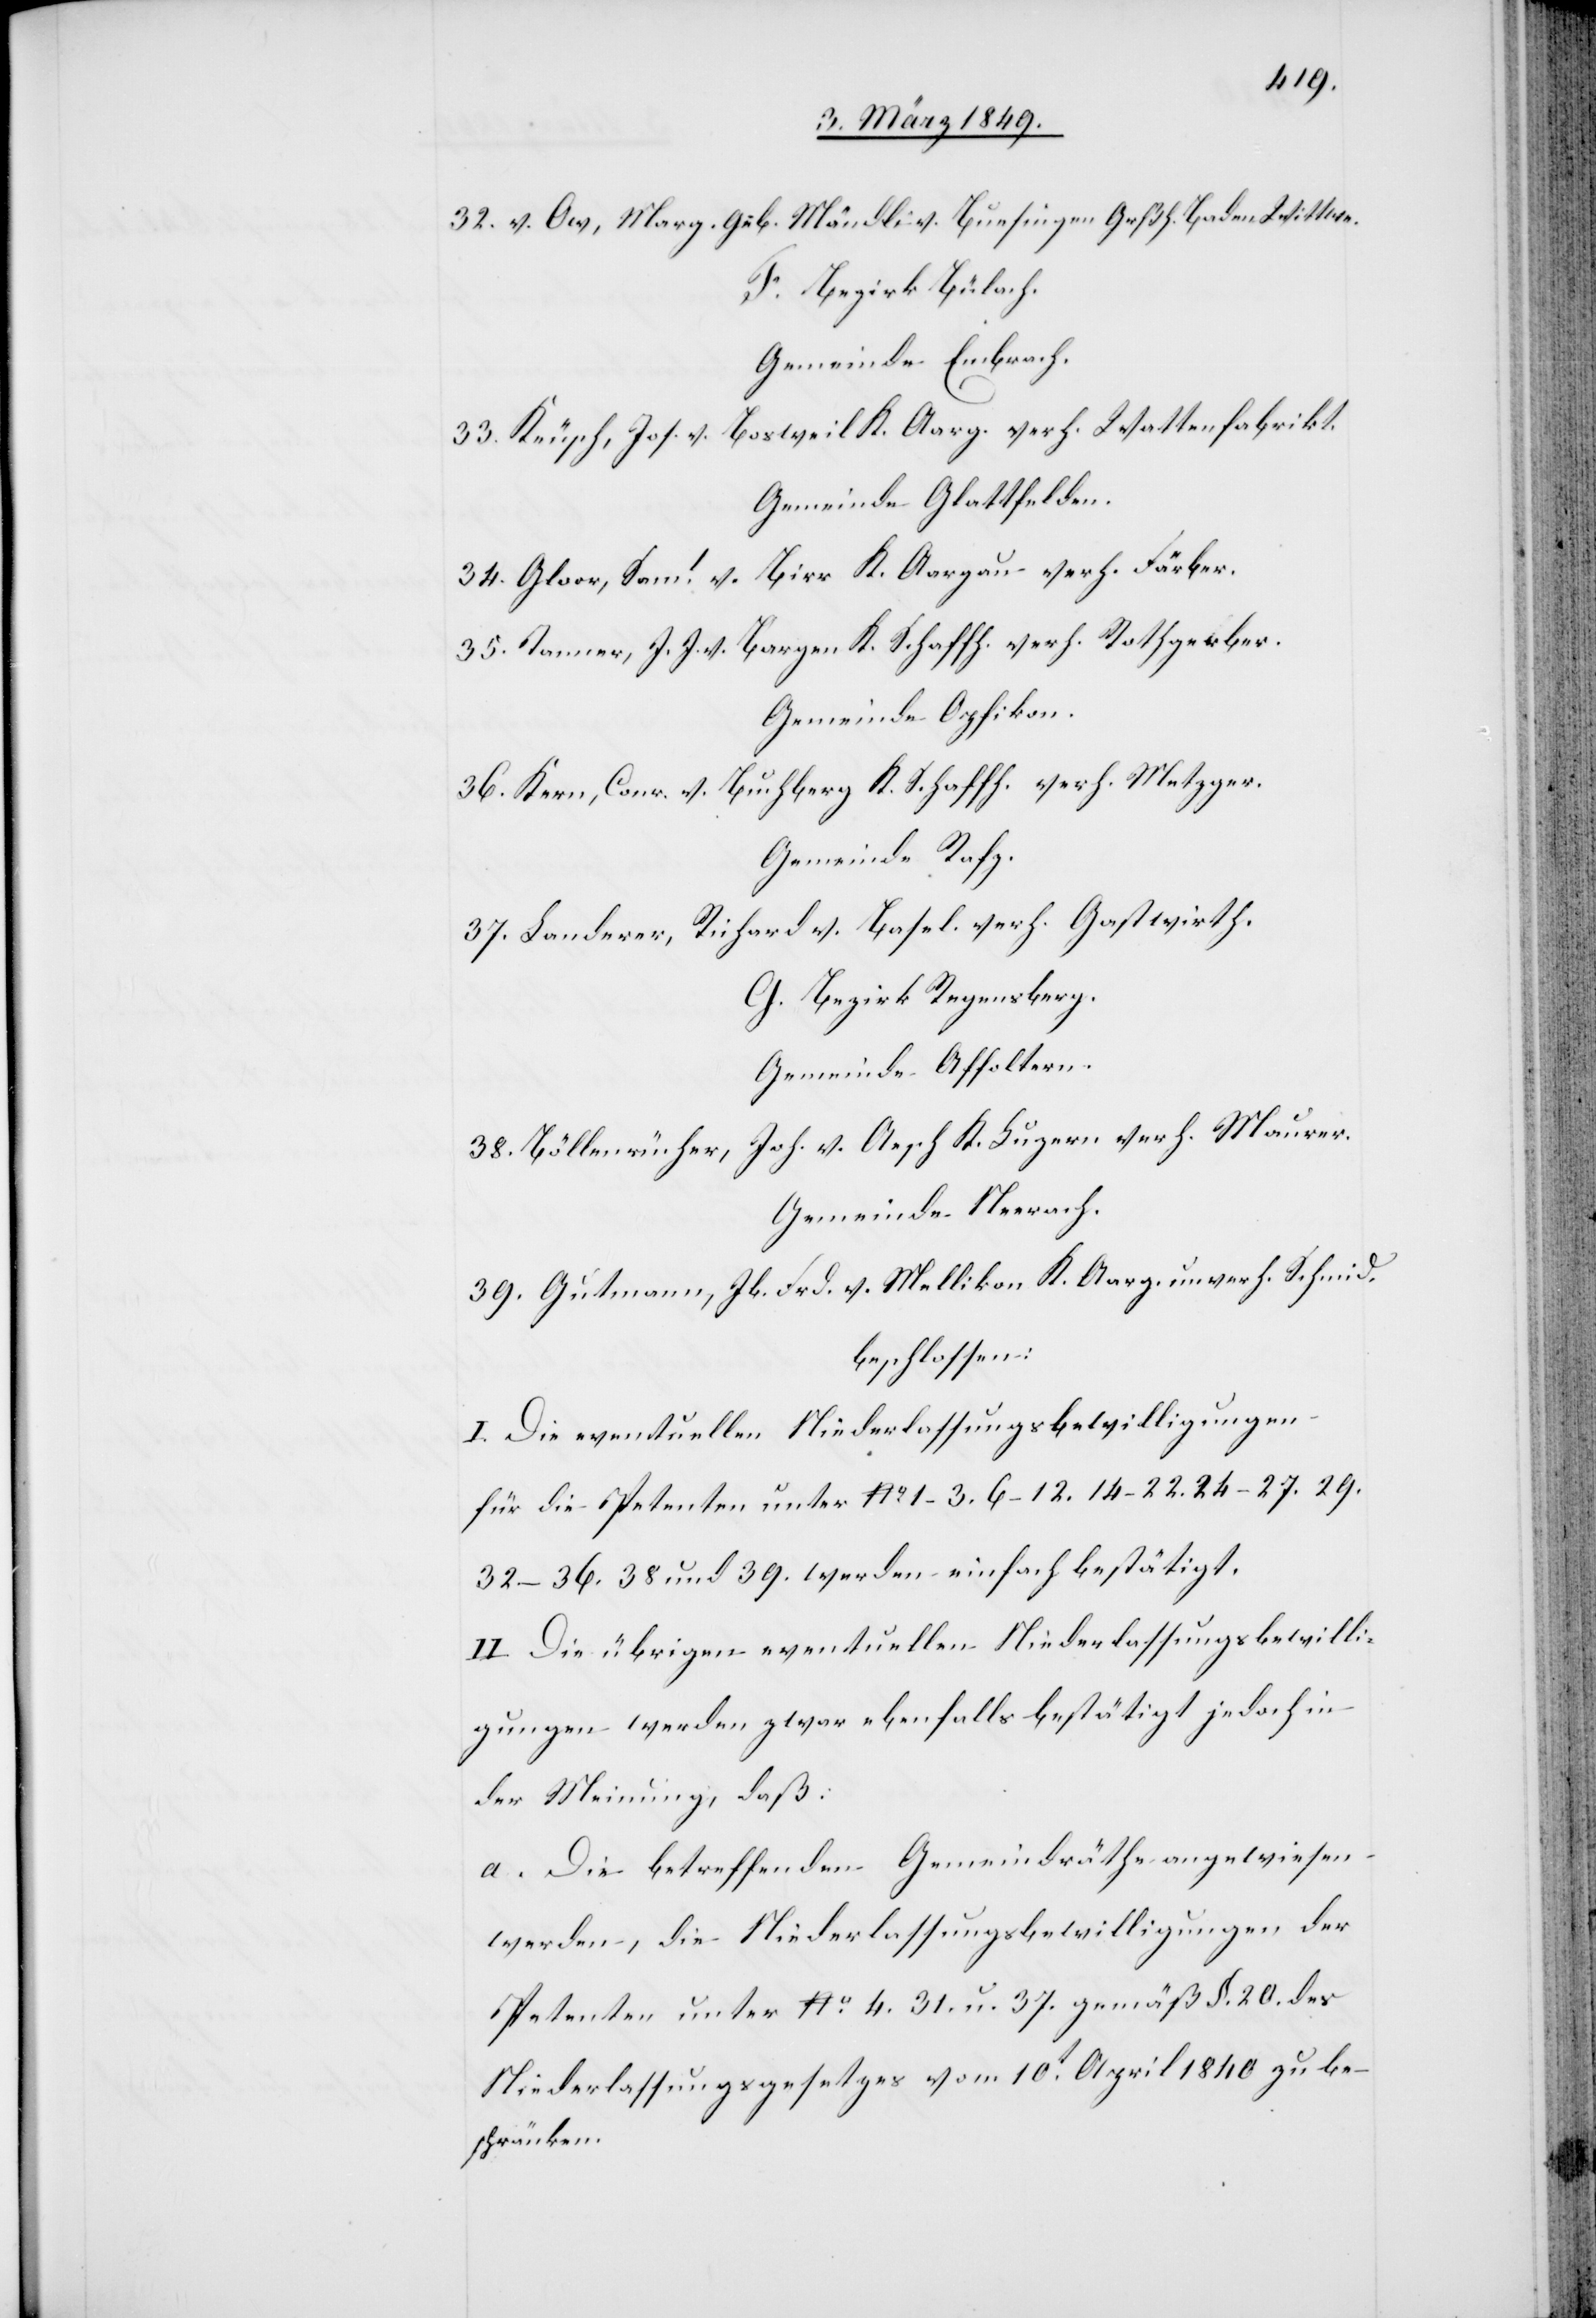
32. v. Ow, Marg. geb. Mändli v. Buesingen Grßh. Baden Wittwe.
F. Bezirk Bülach.
Gemeinde Embrach.
33. Keusch, Jos. v. Bosweil K. Aarg. verh. Wattenfabrikt.
Gemeinde Glattfelden.
34. Gloor, Saml. v. Birr K. Aargau verh. Färber.
35. Tanner, J. J. v. Bargen K. Schaffh. verh. Rothgerber.
Gemeinde Opfikon.
36. Kern, Conr. v. Buchberg K. Schaffh. verh. Metzger.
Gemeinde Rafz.
37. Landerer, Richard v. Basel verh. Gastwirth.
G. Bezirk Regensberg.
Gemeinde Affoltern.
38. Böllenrücher, Joh. v. Aesch K. Luzern verh. Maurer.
Gemeinde Neerach.
39. Gutmann, Jb. Frd. v. Mellikon K. Aarg. unverh. Schmid.
beschlossen:
I. Die eventuellen Niederlassungsbewilligungen
für die Petenten unter No. 1–3. 6–12. 14–22. 24–27. 29.
32–36. 38 und 39. werden einfach bestätigt.
II. Die übrigen eventuellen Niederlassungsbewilli¬
gungen werden zwar ebenfalls bestätigt jedoch in
der Meinung, daß:
a. Die betreffenden Gemeindräthe angewiesen
werden, die Niederlassungsbewilligungen der
Petenten unter No. 4. 31. u. 37. gemäß §. 20. des
Niederlassungsgesetzes vom 10t. April 1840 zu be¬
schränken.